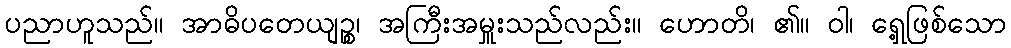
ပညာဟူသည်။ အာဓိပတေယျဉ္စ၊ အကြီးအမှူးသည်လည်း။ ဟောတိ၊ ၏။ ဝါ၊ ရှေ့ဖြစ်သော